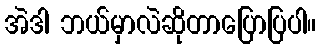
အဲဒါ ဘယ်မှာလဲဆိုတာပြောပြပါ။